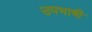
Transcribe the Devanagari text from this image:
उपभाषी